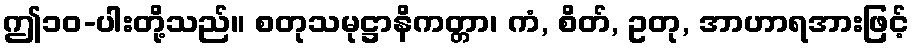
ဤ၁၀-ပါးတို့သည်။ စတုသမုဋ္ဌာနိကတ္တာ၊ ကံ, စိတ်, ဥတု, အာဟာရအားဖြင့်